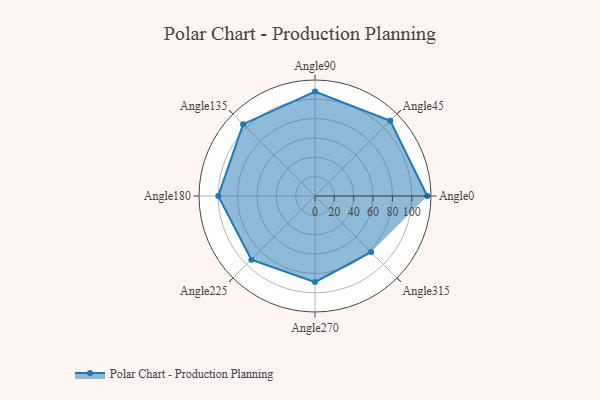
{"axis": {"x": "Angle", "y": "Radius"}, "legend": [""], "data": [{"x": "Angle0", "y": 116.0, "type": ""}, {"x": "Angle45", "y": 110.0, "type": ""}, {"x": "Angle90", "y": 108.0, "type": ""}, {"x": "Angle135", "y": 105.0, "type": ""}, {"x": "Angle180", "y": 100.0, "type": ""}, {"x": "Angle225", "y": 93.0, "type": ""}, {"x": "Angle270", "y": 89.0, "type": ""}, {"x": "Angle315", "y": 82.0, "type": ""}]}